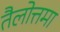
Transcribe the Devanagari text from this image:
तैलोत्तमा